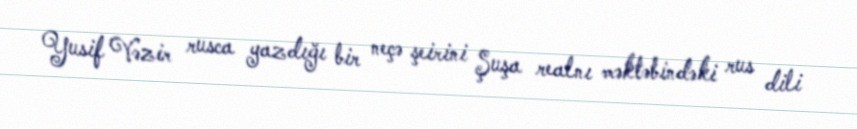
Yusif Vəzir rusca yazdığı bir neçə şeirini Şuşa realnı məktəbindəki rus dili